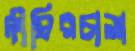
দীঘিরচালা